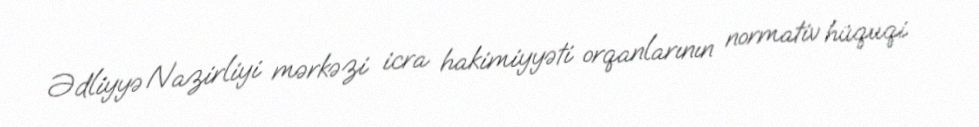
Ədliyyə Nazirliyi mərkəzi icra hakimiyyəti orqanlarının normativ hüquqi